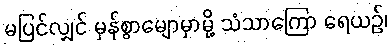
မပြင်လျှင် မှန်စွာမျောမှာမို့ သံသာကြော ရေယဉ်၊